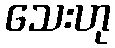
သေးဟု